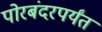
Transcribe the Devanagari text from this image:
पोरबंदरपर्यंत